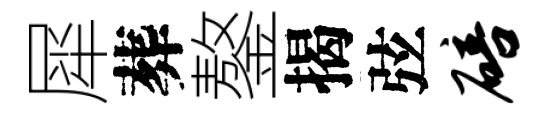
犀葬鏊揭弦碚